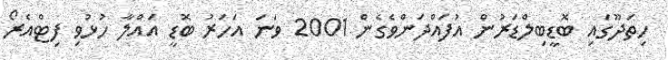
ހިތަދޫގައި ބޮޑީބިލްޑަރުން އުފައްދަންވެގެން 2001 ވަނަ އަހަރު ބޮޑީ އައްލާ ހުޅުވި ފިޓްއެރޯ